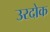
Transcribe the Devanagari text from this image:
उरदोक